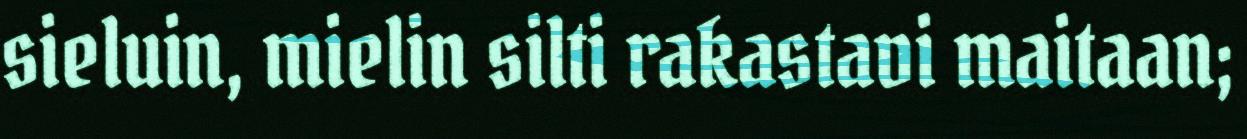
sieluin, mielin silti rakastavi maitaan;